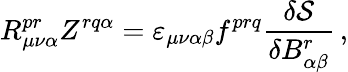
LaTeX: R_{\mu\nu\alpha}^{pr}Z^{rq\alpha}={\varepsilon}_{\mu\nu\alpha\beta}f^{prq}\frac{\delta{\cal S}}{\delta B_{\alpha\beta}^{r}}\, ,